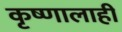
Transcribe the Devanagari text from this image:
कृष्णालाही